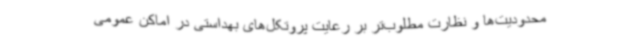
محدودیت‌ها و نظارت مطلوب‌تر بر رعایت پروتکل‌های بهداستی در اماکن عمومی